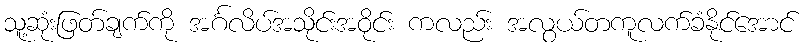
သူ့ဆုံးဖြတ်ချက်ကို အင်္ဂလိပ်အသိုင်းအဝိုင်း ကလည်း အလွယ်တကူလက်ခံနိုင်အောင်